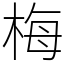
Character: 梅